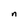
Character: n